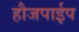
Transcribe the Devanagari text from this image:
हौजपाईप